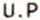
U.P